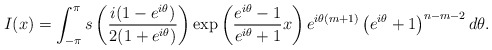
\begin{align*}I(x)=\int_{-\pi}^{\pi}s\left( \frac{i(1-e^{i\theta})}{2(1+e^{i\theta})}\right) \exp\left( \frac{e^{i\theta}-1}{e^{i\theta}+1}x\right)e^{i\theta(m+1)}\left( e^{i\theta}+1\right) ^{n-m-2}d\theta. \end{align*}